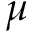
\mu